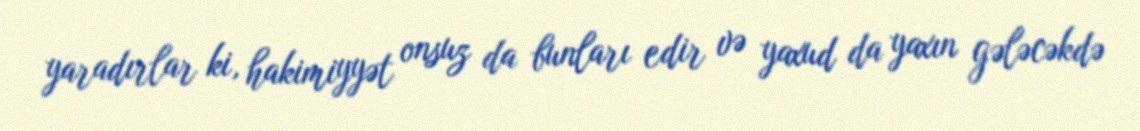
yaradırlar ki, hakimiyyət onsuz da bunları edir və yaxud da yaxın gələcəkdə